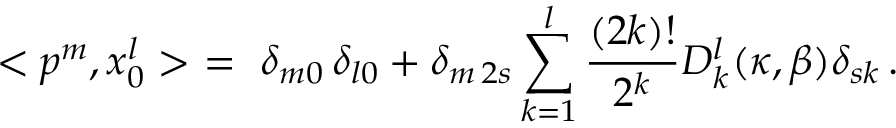
< p ^ { m } , x _ { 0 } ^ { l } > \ = \ \delta _ { m 0 } \, \delta _ { l 0 } + \delta _ { m \, 2 s } \sum _ { k = 1 } ^ { l } \frac { ( 2 k ) ! } { 2 ^ { k } } D _ { k } ^ { l } ( \kappa , \beta ) \delta _ { s k } \, .